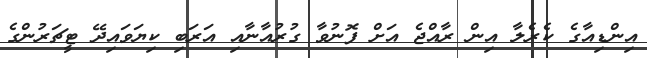
އިންޑިއާގެ ކެރެލާ އިން ރާއްޖެ އަށް ފޮނުވާ ގުރުއާނާއި އަރަބި ކިޔަވައިދޭ ޓީޗަރުންގެ